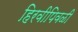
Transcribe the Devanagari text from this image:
हिरवीपिवळी